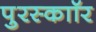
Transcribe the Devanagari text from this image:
पुरस्काॉर